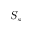
S _ { s }